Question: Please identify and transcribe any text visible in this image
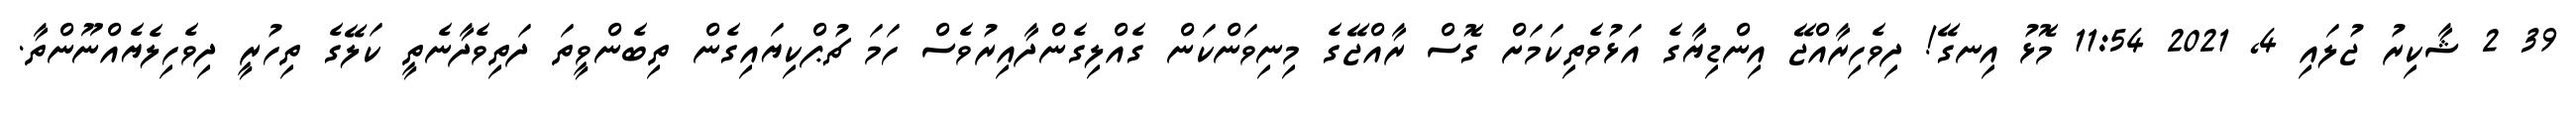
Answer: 39 2 ޝާކިރު ޖުލައި 4, 2021 11:54 މޮޅު އިނގޭ! ދިވެހިރާއްޖޭ އިންޑިޔާގެ އަޅުވެތިކަމަށް ގޮސް ރާއްޖޭގެ މިނިވަންކަން ގެއްލިގެންދާއިރުވެސް ހަމަ ޗުޕްކިޔައިގެން ތިބެންވީތަ ދަތިވެދާނެތީ ކަލޭގެ ތިހުރީ ދިވެހިލެޔެއްނޫންތާ.